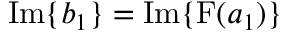
\mathrm { I m } \{ b _ { 1 } \} = \mathrm { I m } \{ \mathrm { F } ( a _ { 1 } ) \}